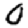
Digit: 0